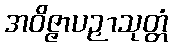
အဝိဇ္ဇာပဉှာသုတ္တံ